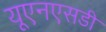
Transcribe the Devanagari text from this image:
यूएनएसडी